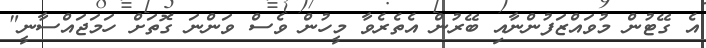
އެ ގޭޓުން މުވައްޒަފުންނާއި ބޭރުން އެތެރެވާ މީހުން ވެސް ވަންނަ ގޮތަށް ހަމަޖައްސާނީ"